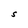
Character: S